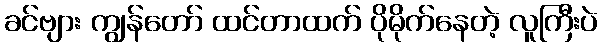
ခင်ဗျား ကျွန်တော် ထင်တာထက် ပိုမိုက်နေတဲ့ လူကြီးပဲ